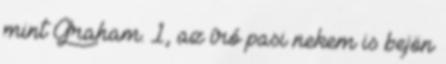
mint Graham. 1, az író pasi nekem is bejön